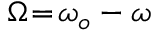
\Omega \! = \! \omega _ { o } - \omega